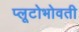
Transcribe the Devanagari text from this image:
प्लूटोभोवती